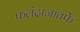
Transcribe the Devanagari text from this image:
फलंदाजांतर्फे